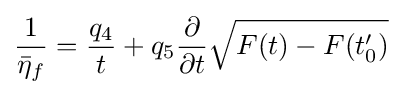
{\frac {1}{{\bar {\eta }}_{f}}}={\frac {q_{4}}{t}}+q_{5}{\frac {\partial }{\partial t}}{\sqrt {F(t)-F(t'_{0})}}